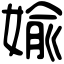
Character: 婾